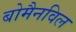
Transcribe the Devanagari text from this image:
बोमैनविल